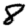
Digit: 8